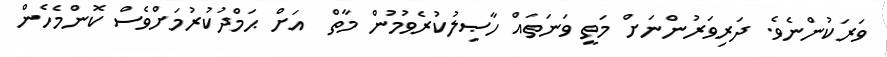
ވަރަކުންނެވެ. ދަރިވަރުންނަށް މަތީ ވަނަތައް ހާޞިލުކުރެވުމުން މާތް  އަށް ޙަމްދުކުރުމަށްވެސް ކޮންމެހެން